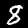
Digit: 8